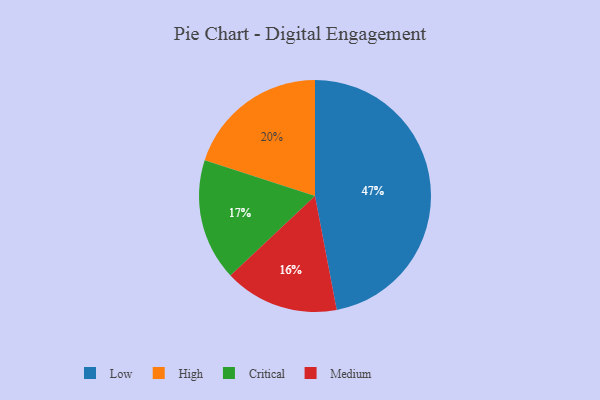
{"axis": {"x": "Category", "y": "Percentage"}, "legend": ["Critical", "High", "Low", "Medium"], "data": [{"x": "Low", "y": 47, "type": "Low"}, {"x": "Critical", "y": 17, "type": "Critical"}, {"x": "High", "y": 20, "type": "High"}, {"x": "Medium", "y": 16, "type": "Medium"}]}